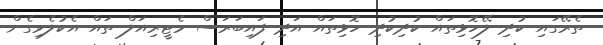
ތެރޭގައި ކުދި ލޭހޮޅިތައް ކުދިކުދި ހޮޅިތައް އަދި ފައިބަރަސް މެޓީރިއަލް ތައް އެކުލެވިގެން